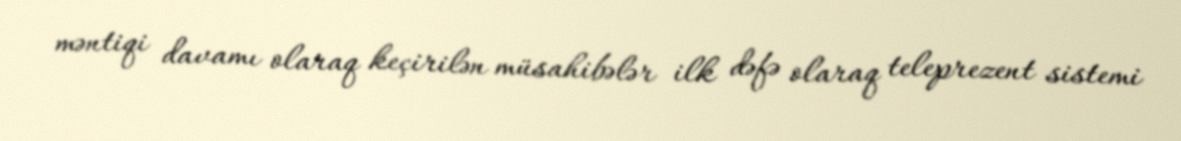
məntiqi davamı olaraq keçirilən müsahibələr ilk dəfə olaraq teleprezent sistemi